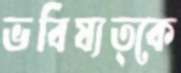
ভবিষ্যত্কে